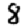
Digit: 8